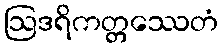
ဩဒရိကတ္တဿေတံ